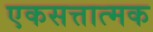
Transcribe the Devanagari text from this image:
एकसत्तात्मक